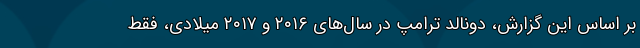
بر اساس این گزارش، دونالد ترامپ در سال‌های ۲۰۱۶ و ۲۰۱۷ میلادی، فقط